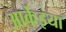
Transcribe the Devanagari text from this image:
आर्केइया